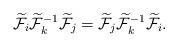
LaTeX: \begin{align*}\widetilde{\cal F}_{i} \widetilde{\cal F}_{k} ^{-1} \widetilde{\cal F}_{j}= \widetilde{\cal F}_{j} \widetilde{\cal F}_{k}^{-1} \widetilde{\cal F}_{i}.\end{align*}